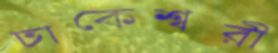
ঢাকেশ্বরী